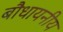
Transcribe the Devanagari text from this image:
बौधायनीय